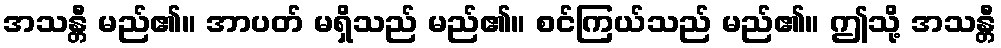
အသန္တီ မည်၏။ အာပတ် မရှိသည် မည်၏။ စင်ကြယ်သည် မည်၏။ ဤသို့ အသန္တီ